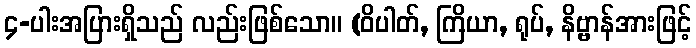
၄-ပါးအပြားရှိသည် လည်းဖြစ်သော။ (ဝိပါတ်, ကြိယာ, ရုပ်, နိဗ္ဗာန်အားဖြင့်